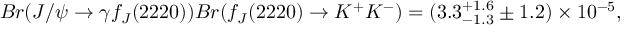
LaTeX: B r ( J / \psi \rightarrow \gamma f _ { J } ( 2 2 2 0 ) ) B r ( f _ { J } ( 2 2 2 0 ) \rightarrow K ^ { + } K ^ { - } ) = ( 3 . 3 _ { - 1 . 3 } ^ { + 1 . 6 } \pm 1 . 2 ) \times 1 0 ^ { - 5 } ,